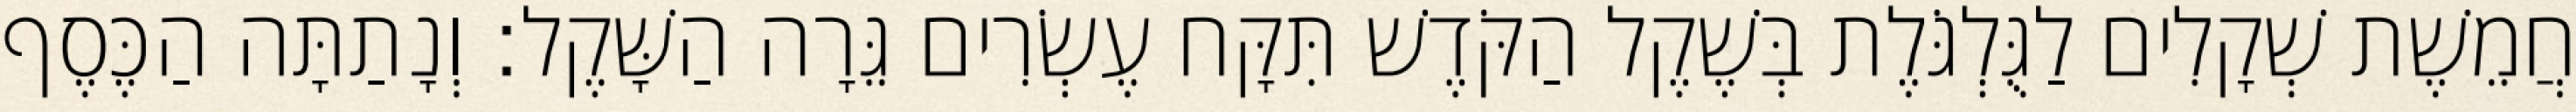
חֲמֵשֶׁת שְׁקָלִים לַגֻּלְגֹּלֶת בְּשֶׁקֶל הַקֹּדֶשׁ תִּקָּח עֶשְׂרִים גֵּרָה הַשָּׁקֶל׃ וְנָתַתָּה הַכֶּסֶף